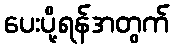
ပေးပို့ရန်အတွက်